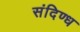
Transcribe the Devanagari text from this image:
संदिण्ध